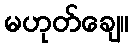
မဟုတ်ချေ။